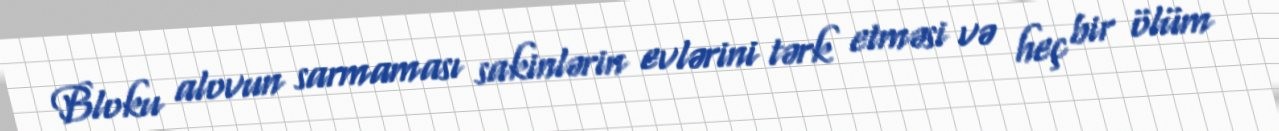
Bloku alovun sarmaması sakinlərin evlərini tərk etməsi və heç bir ölüm